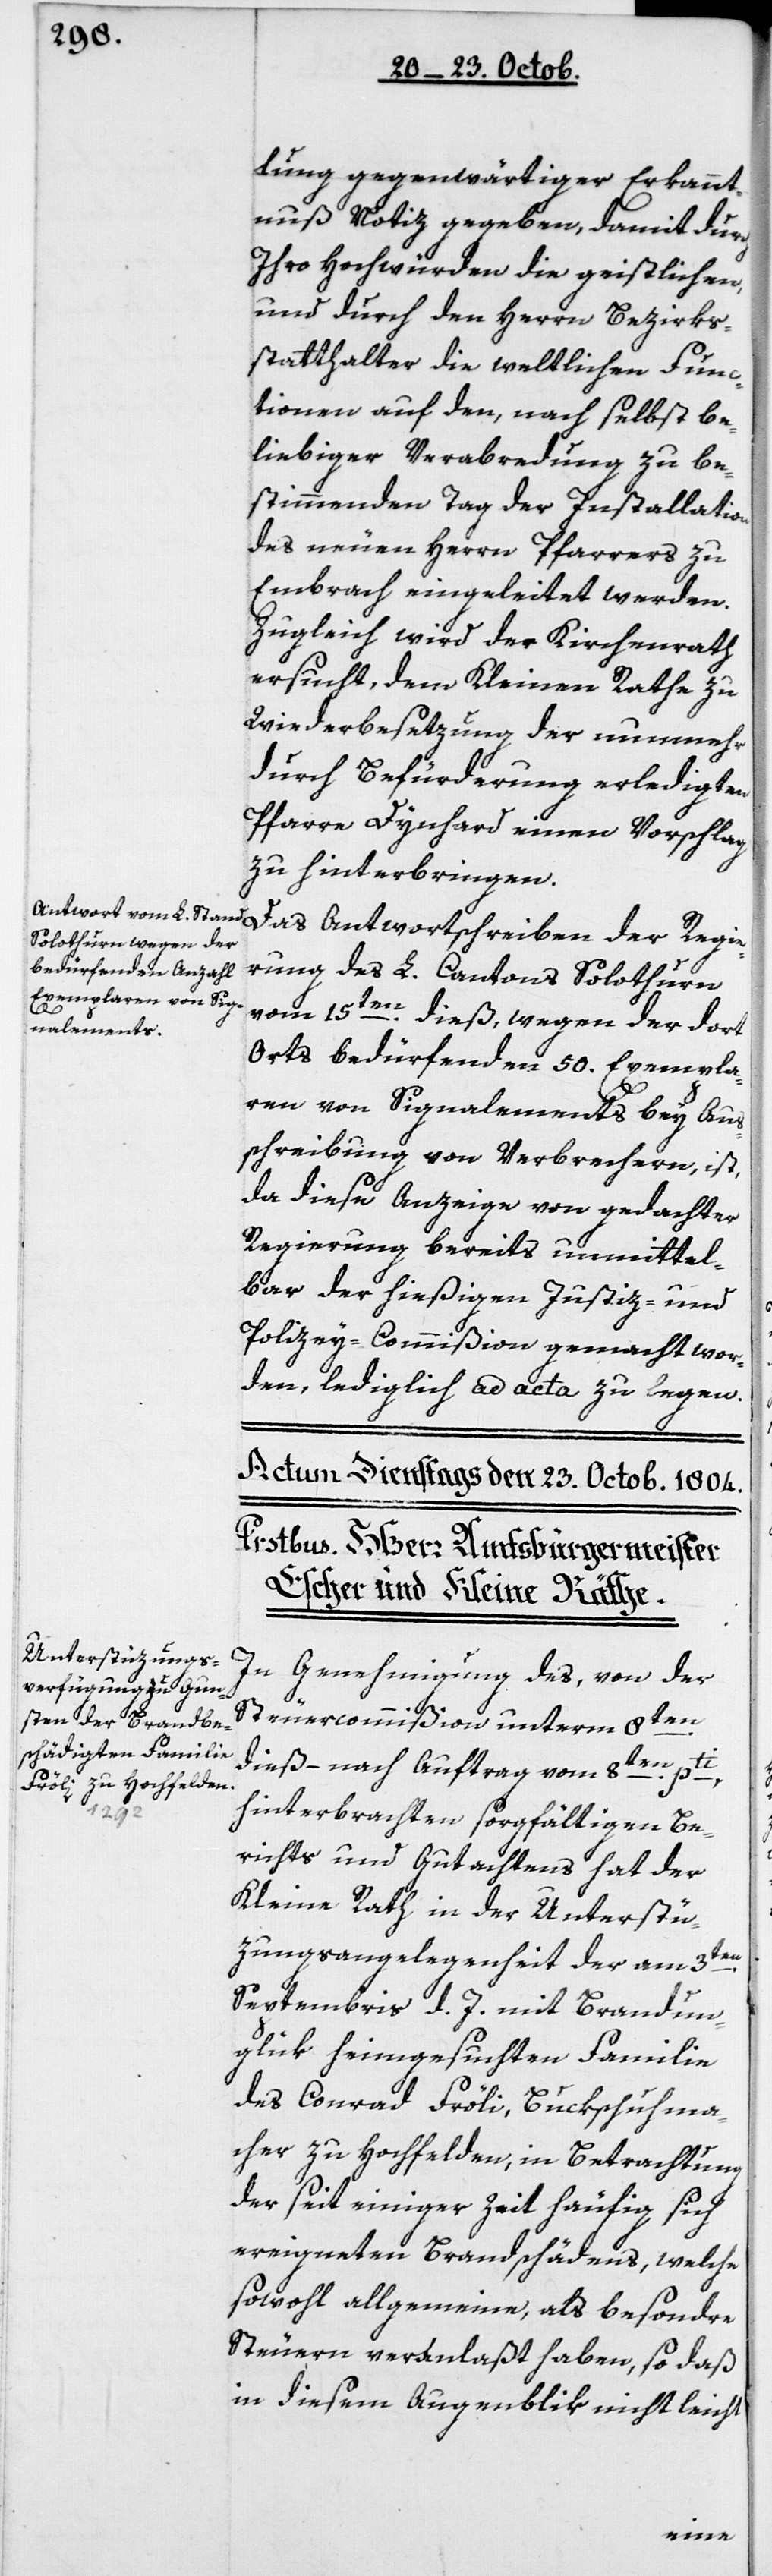
lung gegenwärtiger Erkannt¬
nuß Notiz gegeben, damit durch
ihro Hochwürden die Geistlichen,
und durch den Herrn Bezirks¬
statthalter die weltlichen Fun¬
ctionen auf den, nach selbst be¬
liebiger Verabredung zu be¬
stimmenden Tag der Installation
des neuen Herrn Pfarrers zu
Embrach eingeleitet werden.
Zugleich wird der Kirchenrath
ersucht, dem Kleinen Rathe zu
Wiederbesetzung der nunmehr
durch Befürderung erledigten
Pfarre Dynhard einen Vorschlag
zu hinterbringen.
rung des L. Cantons Solothurn
vom 15ten dieß, wegen der dort
Orts bedürfenden 50 Exempla¬
re von Signalements bey Aus¬
schreibung von Verbrechern, ist,
da diese Anzeige von gedachter
Regierung bereits unmittel¬
bar der hießigen Justiz- und
Policey-Commißion gemacht wor¬
den, lediglich ad acta zu legen.
In Genehmigung des, von der
Steuercommißion unterm 8ten
dieß, – nach Auftrag vom 8ten pti,
hinterbrachten sorgfältigen Be¬
richts und Gutachtens hat der
Kleine Rath in der Unterstü¬
zungsangelegenheit der am 3ten
Septembris d. J. mit Brandun¬
glük heimgesuchten Familie
des Conrad Fröli, Bukschuhma¬
cher zu Hochfelden, in Betrachtung
der seit einiger Zeit häufig sich
ereigneten Brandschädens, welche
sowohl allgemeine, als besondere
Steuern veranlaßt haben, so daß
in diesem Augenblik nicht leicht
Regie¬